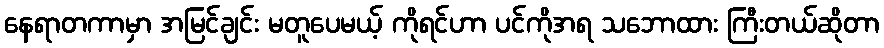
နေရာတကာမှာ အမြင်ချင်း မတူပေမယ့် ကိုရင်ဟာ ပင်ကိုအရ သဘောထား ကြီးတယ်ဆိုတာ